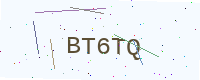
Text: BT6TQ